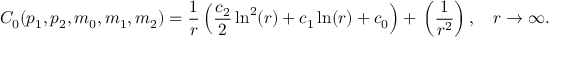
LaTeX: C _ { 0 } ( p _ { 1 } , p _ { 2 } , m _ { 0 } , m _ { 1 } , m _ { 2 } ) = \frac 1 r \left( \frac { c _ { 2 } } 2 \ln ^ { 2 } ( r ) + c _ { 1 } \ln ( r ) + c _ { 0 } \right) + \O \left( \frac 1 { r ^ { 2 } } \right) , \quad r \rightarrow \infty .